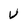
Character: v